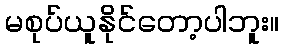
မစုပ်ယူနိုင်တော့ပါဘူး။